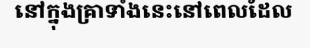
នៅក្នុងគ្រាទាំងនេះនៅពេលដែល